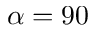
\alpha = 9 0